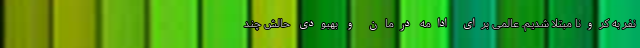
نفر به کرونا مبتلا شدیم. عالمی برای ادامه درمان و بهبودی حالش چند